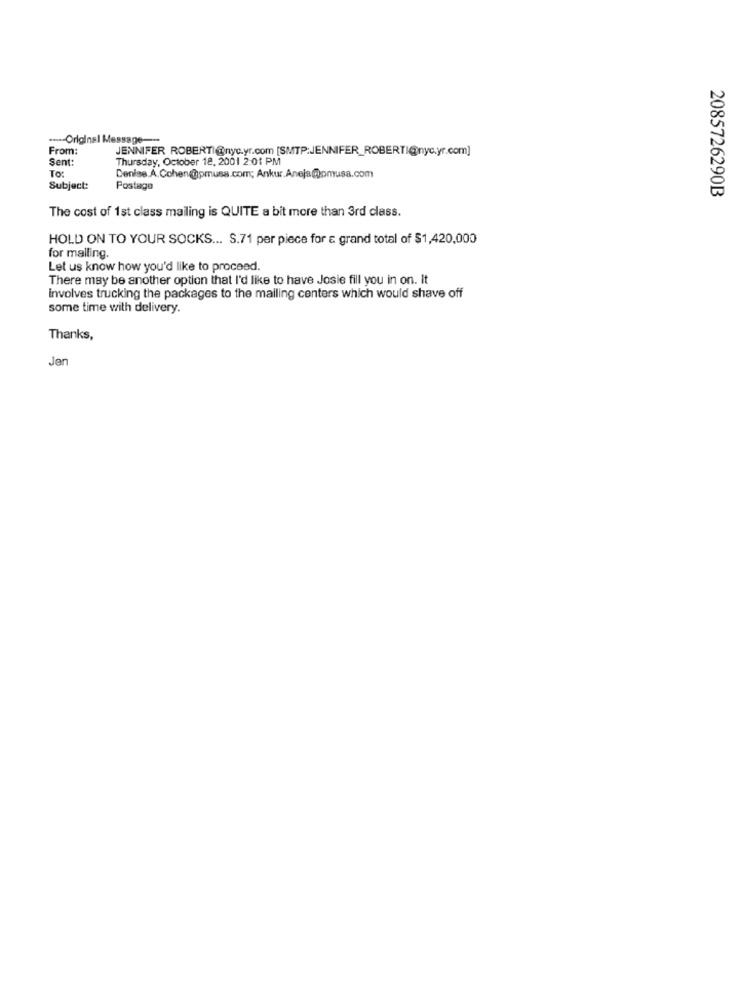
---- Original Message --
From:
JENNIFER ROBERTI@nyc.yr.com [SMTP:JENNIFER_ROBERTI@nyc.yr.com]
Sent:
Thursday, October 18, 2001 2:01 PM
To:
Denise.A.Cohen@pmuss.com; Ankur.Aneja@pmusa.com
Subject:
Postage
2085726290B
The cost of 1st class mailing is QUITE a bit more than 3rd class.
HOLD ON TO YOUR SOCKS ... S.71 per piece for & grand total of $1,420,000
for malling.
Let us know how you'd like to proceed.
There may be another option that I'd like to have Josie fill you in on. It
involves trucking the packages to the mailing centers which would shave off
some time with delivery.
Thanks,
Jen